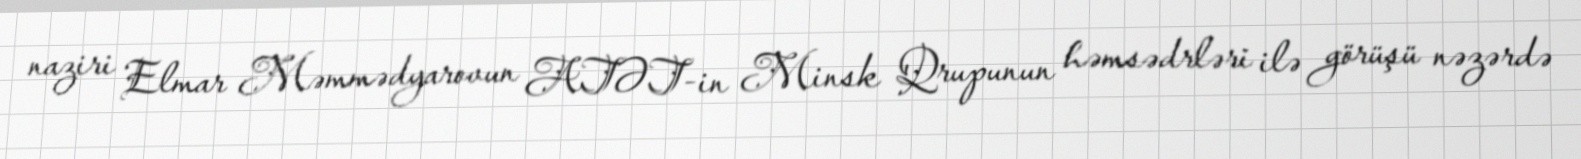
naziri Elmar Məmmədyarovun ATƏT-in Minsk Qrupunun həmsədrləri ilə görüşü nəzərdə